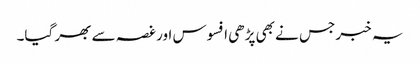
یہ خبر جس نے بھی پڑھی افسوس اور غصہ سے بھر گیا۔